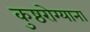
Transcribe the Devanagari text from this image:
कुष्ठरोग्याना